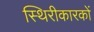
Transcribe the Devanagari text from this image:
स्थिरीकारकों